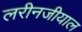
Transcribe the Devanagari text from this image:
लरीनजीयाल